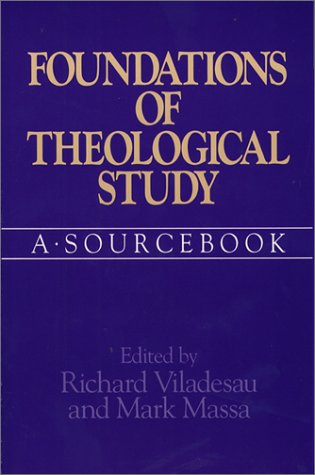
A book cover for Foundations of Theological Study: A Sourcebook; Politics & Social Sciences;